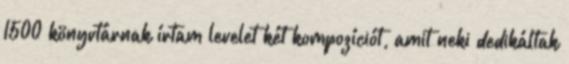
1500 könyvtárnak írtam levelet két kompozíciót, amit neki dedikáltak